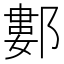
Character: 䣚